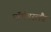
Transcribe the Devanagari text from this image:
नॉर्थबरलैंड